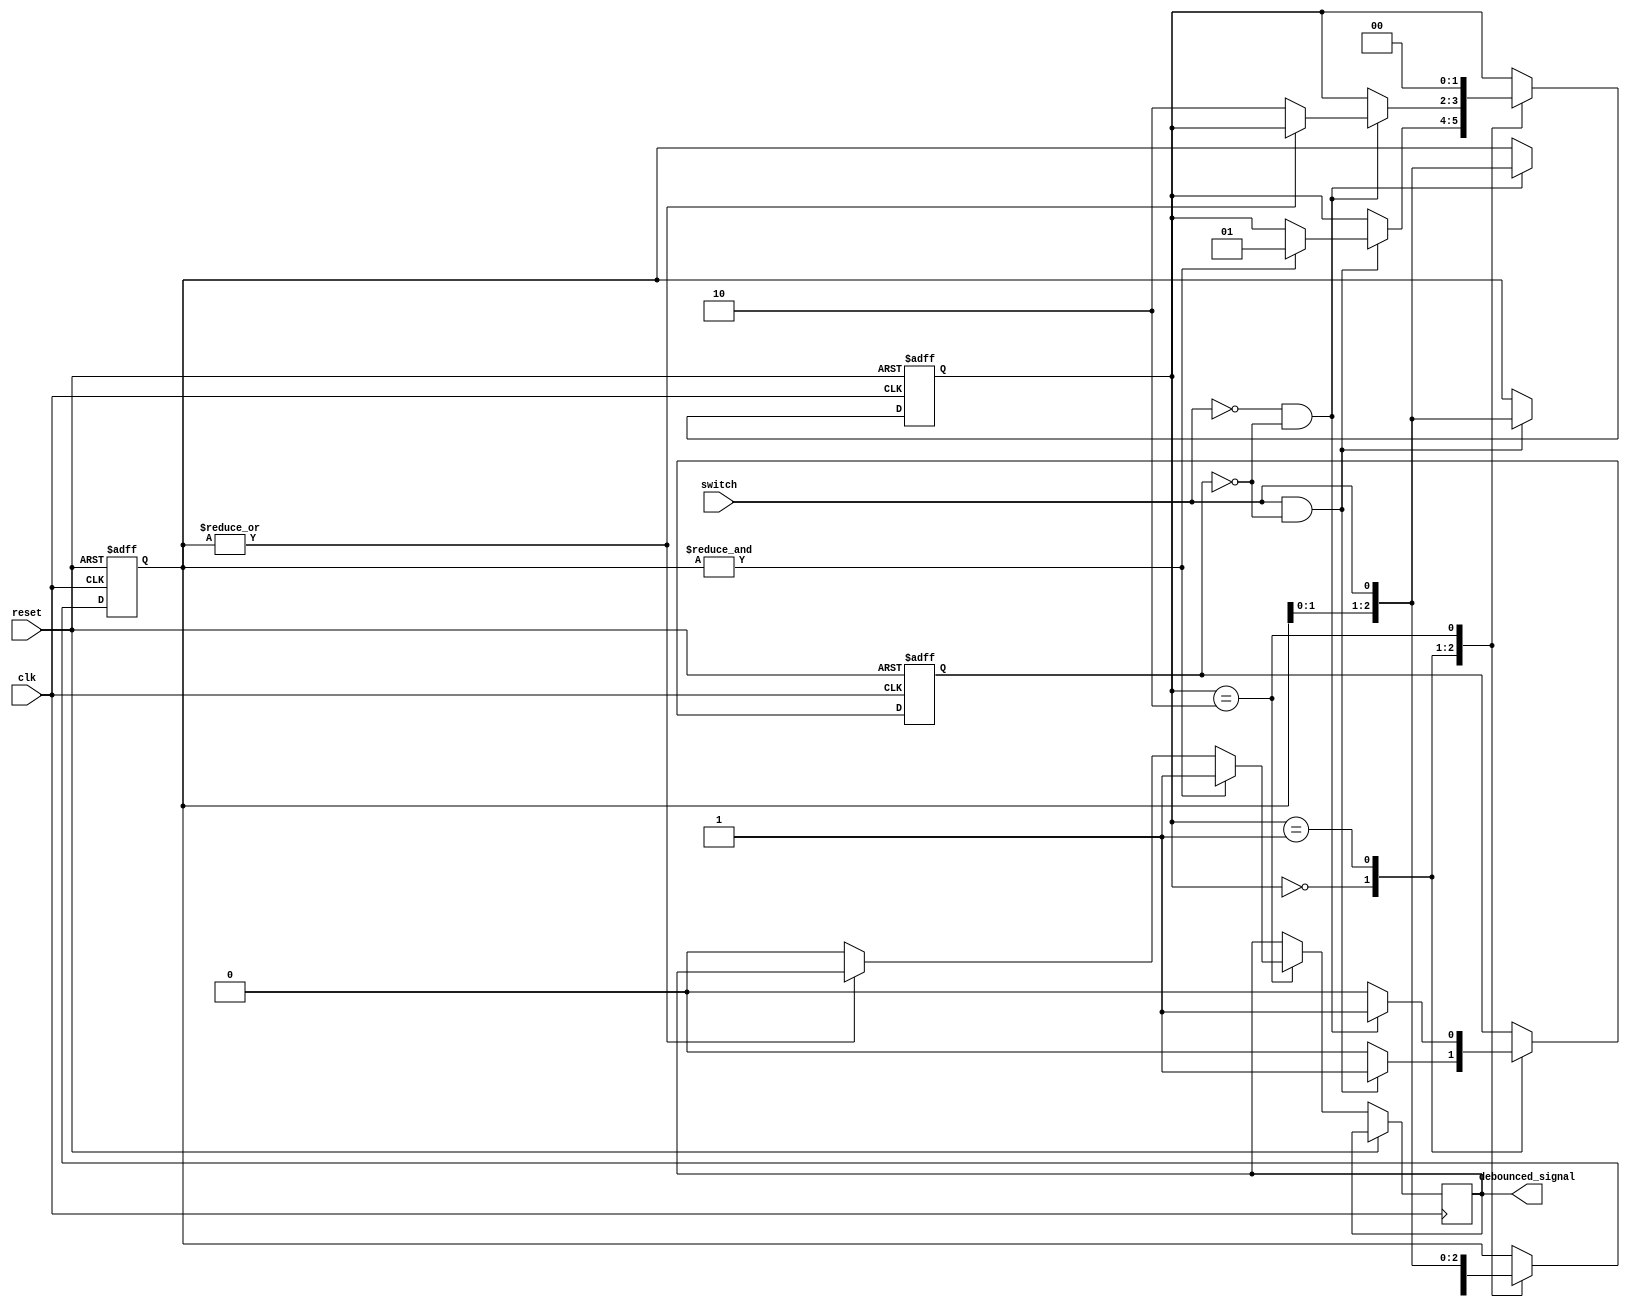
module debounce(
    input wire clk,
    input wire reset,
    input wire switch,
    output reg debounced_signal
);

parameter NUM_STATES = 4;
parameter NUM_SAMPLES = 3;

reg [1:0] state;
reg [NUM_SAMPLES-1:0] samples;
reg sample_valid;

always @(posedge clk or posedge reset) begin
    if (reset) begin
        state <= 2'b00;
        samples <= {NUM_SAMPLES{1'b0}};
        sample_valid <= 0;
    end else begin
        case (state)
            2'b00: begin // WAIT RISING EDGE
                if (switch && !sample_valid) begin
                    samples <= {samples[NUM_SAMPLES-2:0], switch};
                    if (&samples) begin // check if all samples are high
                        state <= 2'b01;
                    end
                    sample_valid <= 1;
                end else begin
                    sample_valid <= 0;
                end
            end
            2'b01: begin // WAIT FALLING EDGE
                if (!switch && !sample_valid) begin
                    samples <= {samples[NUM_SAMPLES-2:0], switch};
                    if (!|samples) begin // check if all samples are low
                        state <= 2'b10;
                    end
                    sample_valid <= 1;
                end else begin
                    sample_valid <= 0;
                end
            end
            2'b10: begin // DEBOUNCE
                samples <= {samples[NUM_SAMPLES-2:0], switch};
                if (&samples) begin // check if all samples are high
                    debounced_signal <= 1;
                end else if (!|samples) begin // check if all samples are low
                    debounced_signal <= 0;
                end
                state <= 2'b00;
            end
        endcase
    end
end

endmodule